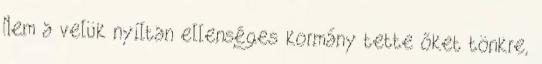
Nem a velük nyíltan ellenséges kormány tette őket tönkre,